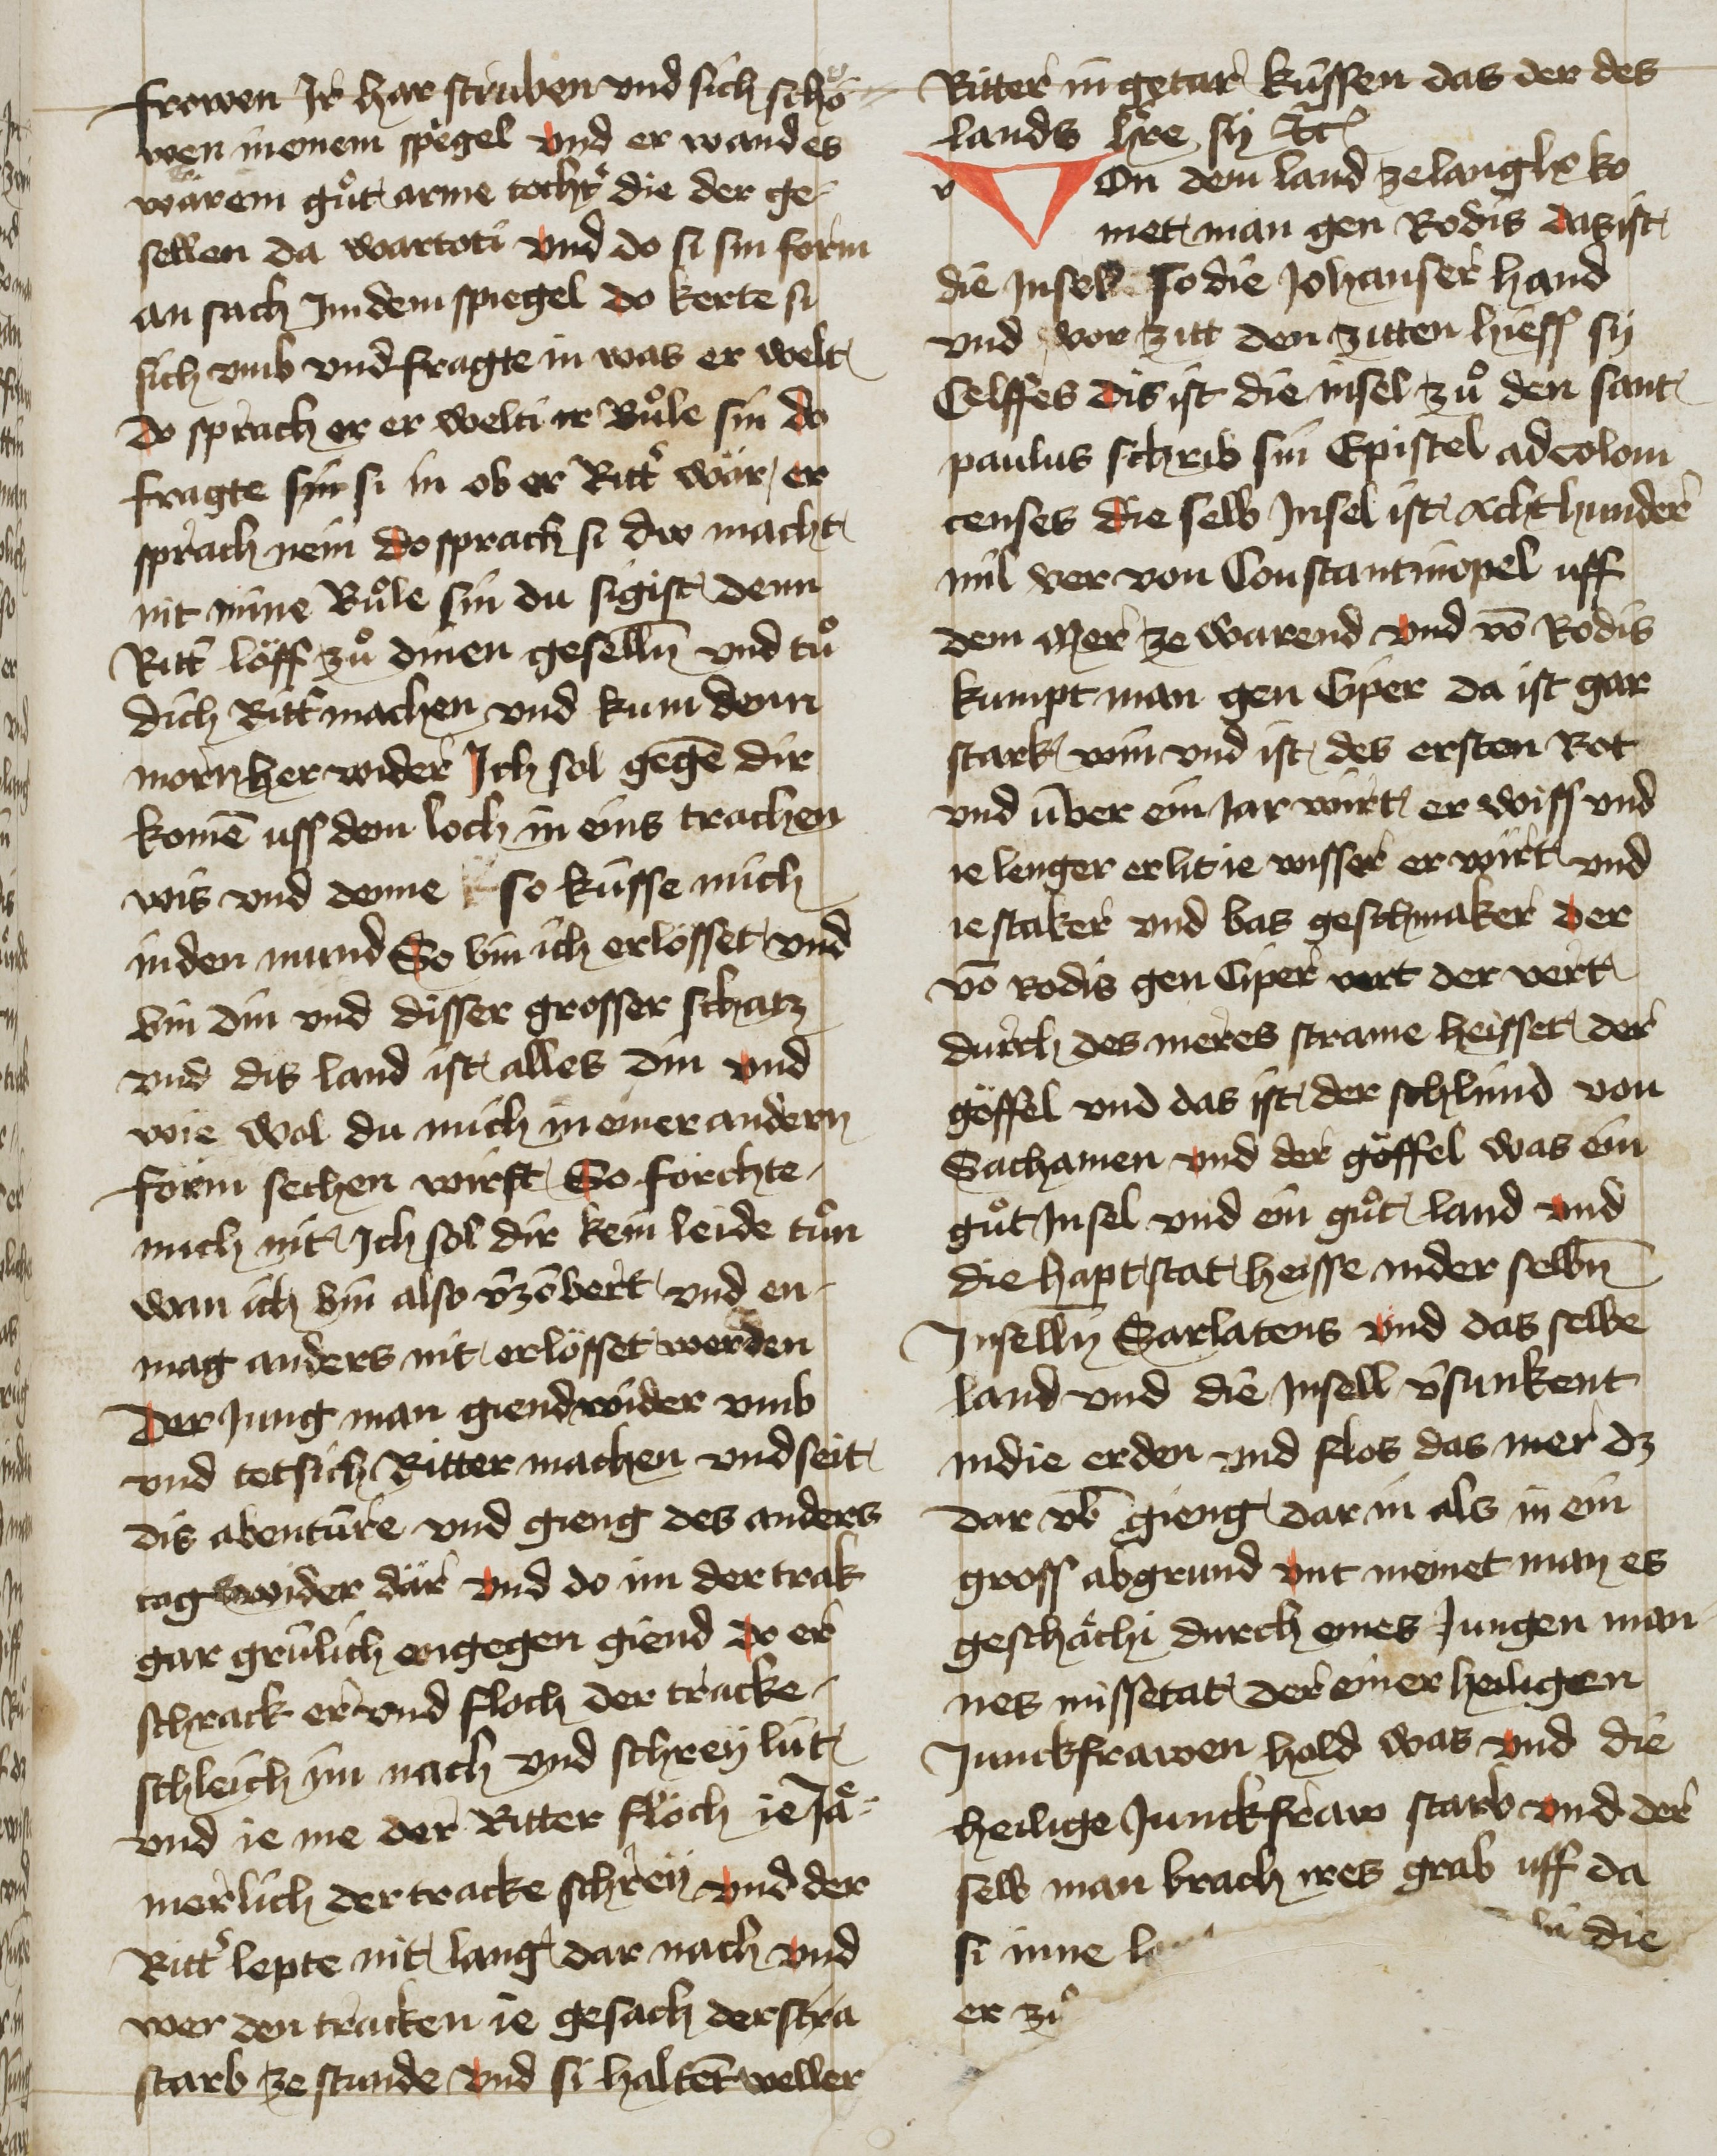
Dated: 1425–1449